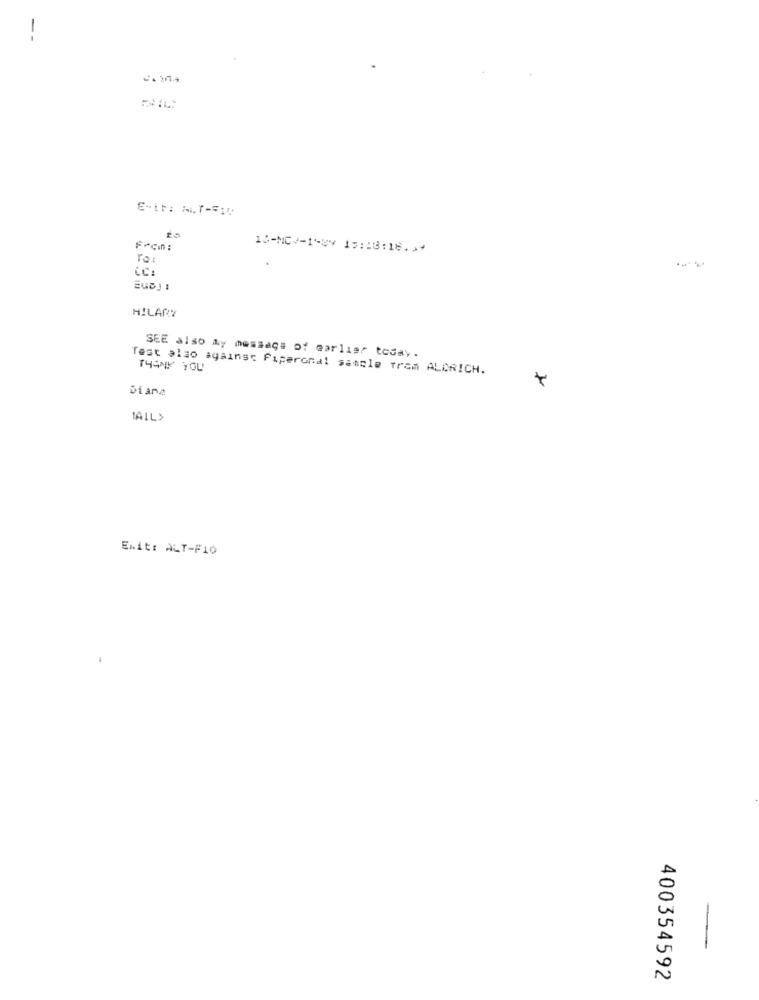
--
MAIL
10-NOV-1-8Y 15:13:16.3+
To:
CC:
HILARY
SEE also Ay message of earlier today.
Test also against Fiperonal sample trom ALDRICH.
THANK YOU
Diana
MAIL>
Exit: ALT-F10
400354592